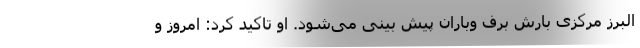
البرز مرکزی بارش برف وباران پیش بینی می‌شود. او تاکید کرد: امروز و